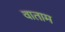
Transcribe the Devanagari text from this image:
वाताम